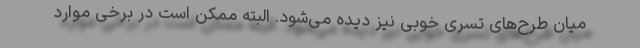
میان طرح‌های تسری خوبی نیز دیده می‌شود. البته ممکن است در برخی موارد